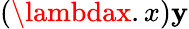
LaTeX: (\lambdax.x)\mathbf{y}